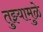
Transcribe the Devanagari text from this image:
तुझ्यामुळे